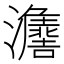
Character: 𱪒